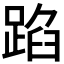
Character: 𮛫